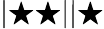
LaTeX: |\bigstar\bigstar||\bigstar